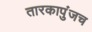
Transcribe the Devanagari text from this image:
तारकापुंजच